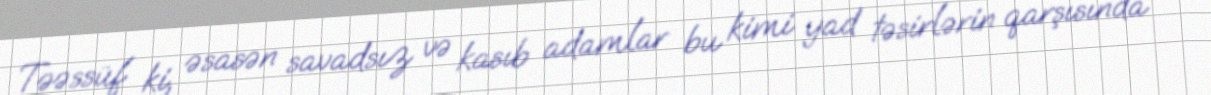
Təəssüf ki, əsasən savadsız və kasıb adamlar bu kimi yad təsirlərin qarşısında